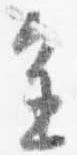
進